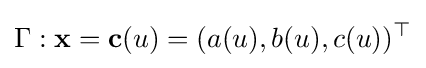
\Gamma :{\mathbf {x} }={\mathbf {c} }(u)=(a(u),b(u),c(u))^{\top }